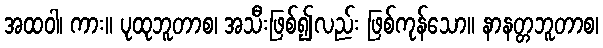
အထဝါ၊ ကား။ ပုထုဘူတာစ၊ အသီးဖြစ်၍လည်း ဖြစ်ကုန်သော။ နာနတ္တဘူတာစ၊